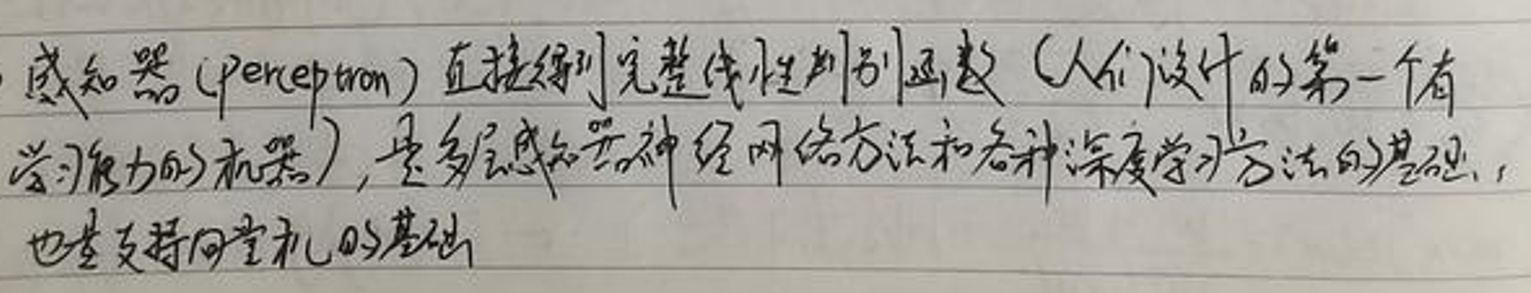
感知器（perceptron）直接得到完整线性判别函数（人们设计的第一个有学习能力的机器），是多层感知器神经网络方法和各种深度学习方法的基础，也是支持向量机的基础。